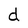
Character: d